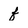
Character: f